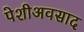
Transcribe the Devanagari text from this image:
पेशीअवसाद